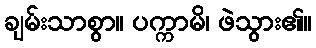
ချမ်းသာစွာ။ ပက္ကာမိ၊ ဖဲသွား၏။